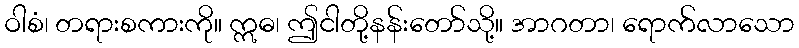
ဝါစံ၊ တရားစကားကို။ ဣဓ၊ ဤငါတို့နန်းတော်သို့။ အာဂတာ၊ ရောက်လာသော